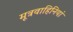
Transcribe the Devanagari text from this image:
मूत्रवाहिनियां